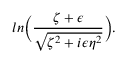
l n \biggl ( { \frac { \zeta + \epsilon } { \sqrt { \zeta ^ { 2 } + i \epsilon \eta ^ { 2 } } } } \biggr ) .